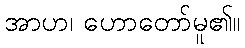
အာဟ၊ ဟောတော်မူ၏။